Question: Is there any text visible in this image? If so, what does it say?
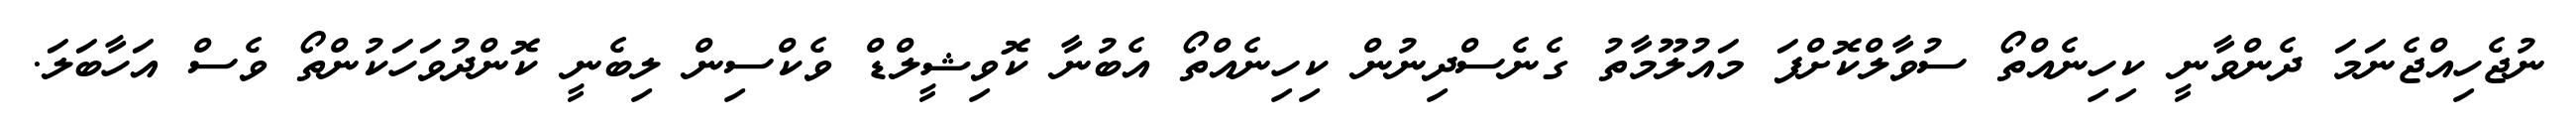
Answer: ނުޖެހިއްޖެނަމަ ދެންވާނީ ކިހިނެއްތޯ ސުވާލްކޮށްފަ މައުލޫމާތު ގެނެސްދިނުން ކިހިނެއްތޯ އެބުނާ ކޮވިޝީލްޑް ވެކްސިން ލިބެނީ ކޮންދުވަހަކުންތޯ ވެސް އަހާބަލަ.